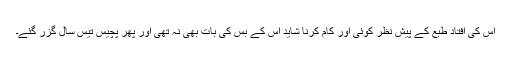
اس کی افتادِ طبع کے پیش نظر کوئی اور کام کرنا شاید اس کے بس کی بات بھی نہ تھی اور پھر پچیس تیس سال گزر گئے۔